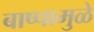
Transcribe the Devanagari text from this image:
बाष्पामुळे